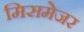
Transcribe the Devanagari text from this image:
मिसमेजर